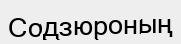
Содзюроның